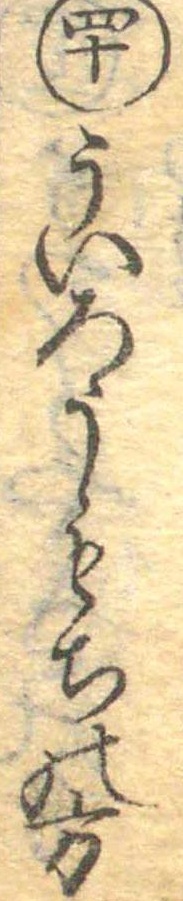
四十ういろうもちの方